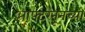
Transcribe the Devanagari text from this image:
आफ्टरनूनच्या